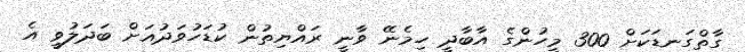
ގާތްގަނޑަކަށް 300 މީހުންގެ އާބާދީ ހިމެނޭ ވާނީ ރައްޔިތުން ކުޑަހުވަދުއަށް ބަދަލުވީ އެ